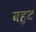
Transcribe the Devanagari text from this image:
बहुट